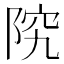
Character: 𫕂